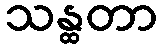
သန္ထတာ